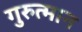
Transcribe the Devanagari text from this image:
गुरुत्मान